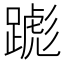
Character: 𬧌